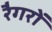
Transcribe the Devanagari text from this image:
रैगरों